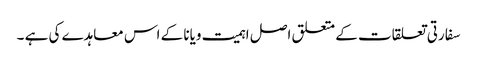
سفارتی تعلقات کے متعلق اصل اہمیت ویانا کے اس معاہدے کی ہے ۔